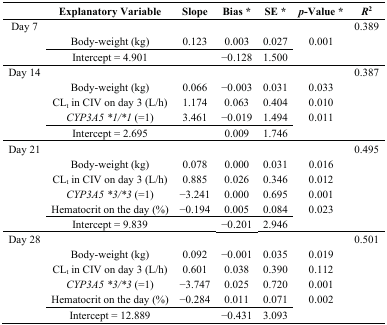
|  | Explanatory Variable | Slope | Bias * | SE * | p-Value * | R2 |
 | --- | --- | --- | --- | --- | --- | --- |
 | Day 7 |  |  |  |  |  | 0.389 |
 |  | Body-weight (kg) | 0.123 | 0.003 | 0.027 | 0.001 |  |
 |  | Intercept = 4.901 |  | −0.128 | 1.500 |  |  |
 | Day 14 |  |  |  |  |  | 0.387 |
 |  | Body-weight (kg) | 0.066 | −0.003 | 0.031 | 0.033 |  |
 |  | CLt in CIV on day 3 (L/h) | 1.174 | 0.063 | 0.404 | 0.010 |  |
 |  | CYP3A5 *1/*1 (=1) | 3.461 | −0.019 | 1.494 | 0.011 |  |
 |  | Intercept = 2.695 |  | 0.009 | 1.746 |  |  |
 | Day 21 |  |  |  |  |  | 0.495 |
 |  | Body-weight (kg) | 0.078 | 0.000 | 0.031 | 0.016 |  |
 |  | CLt in CIV on day 3 (L/h) | 0.885 | 0.026 | 0.346 | 0.012 |  |
 |  | CYP3A5 *3/*3 (=1) | −3.241 | 0.000 | 0.695 | 0.001 |  |
 |  | Hematocrit on the day (%) | −0.194 | 0.005 | 0.084 | 0.023 |  |
 |  | Intercept = 9.839 |  | −0.201 | 2.946 |  |  |
 | Day 28 |  |  |  |  |  | 0.501 |
 |  | Body-weight (kg) | 0.092 | −0.001 | 0.035 | 0.019 |  |
 |  | CLt in CIV on day 3 (L/h) | 0.601 | 0.038 | 0.390 | 0.112 |  |
 |  | CYP3A5 *3/*3 (=1) | −3.747 | 0.025 | 0.720 | 0.001 |  |
 |  | Hematocrit on the day (%) | −0.284 | 0.011 | 0.071 | 0.002 |  |
 |  | Intercept = 12.889 |  | −0.431 | 3.093 |  |  |